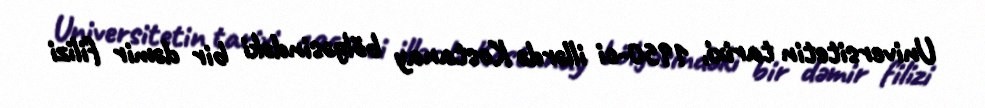
Universitetin tarixi, 1950-ci illərdə Kostanay bölgəsindəki bir dəmir filizi